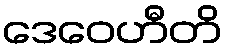
ဒေဝေဟီတိ